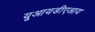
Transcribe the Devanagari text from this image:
यूआयडीएआय